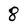
Character: 8